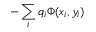
- \sum _ { i } q _ { i } \Phi ( x _ { i } , y _ { i } )